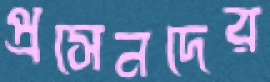
প্রসেনদের